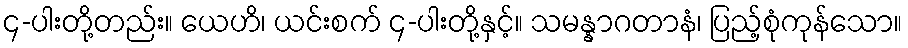
၄-ပါးတို့တည်း။ ယေဟိ၊ ယင်းစက် ၄-ပါးတို့နှင့်။ သမန္နာဂတာနံ၊ ပြည့်စုံကုန်သော။